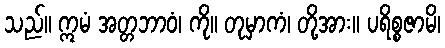
သည်။ ဣမံ အတ္တဘာဝံ၊ ကို။ တုမှာကံ၊ တို့အား။ ပရိစ္စဇာမိ၊